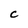
Character: C